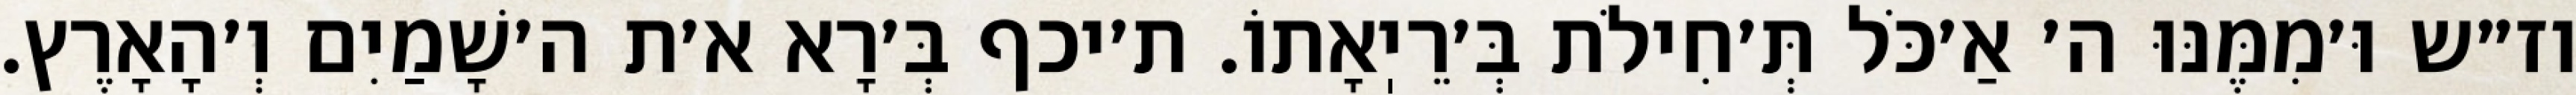
וז״ש וּ׳מִמֶּנּוּ ה׳ אַ׳כֹּל תְּ׳חִילֹת בְּ׳רֵיֽאָתוֹ. ת׳יכף בְּ׳רָא א׳ת ה׳שָׁמַיִם וְ׳הָאָרֶץ.